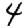
Digit: 4